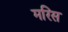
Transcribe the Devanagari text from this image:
मरिस